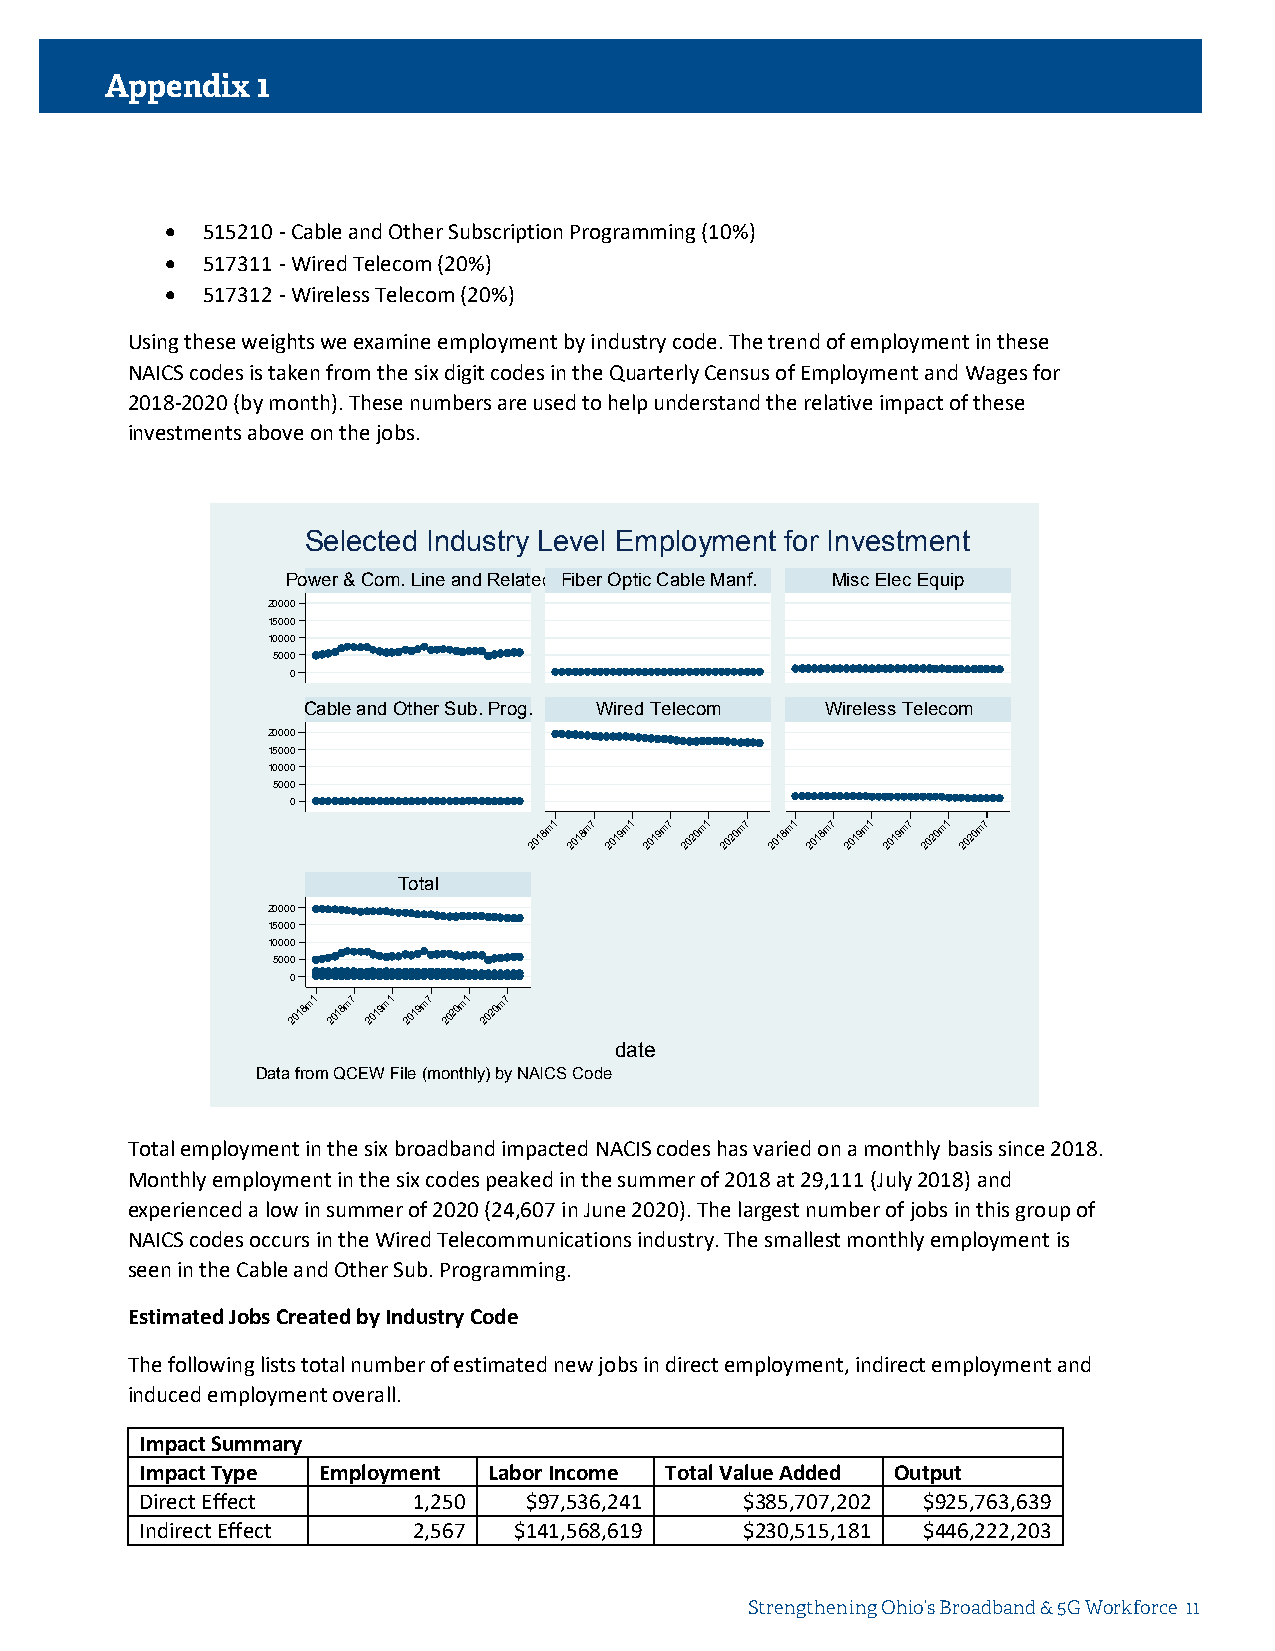
Appendix  1
  515210 - Cable and Other Subscription Programming (10%)
  517311 - Wired Telecom (20%)
  517312 - Wireless Telecom (20%)
 Using these weights we examine employment by industry code. The trend of employment in these
 NAICS codes is taken from the six digit codes in the Quarterly Census of Employment and Wages for
 2018-2020 (by month). These numbers are used to help understand the relative impact of these
 investments above on the jobs.
 Selected Industry Level Employment for Investment
 Power & Com. Line and Related Fiber Optic Cable Manf. Misc Elec Equip
 20000
 15000
 10000
 5000
 0
 Cable and Other Sub. Prog. Wired Telecom Wireless Telecom
 20000
 15000
 10000
 5000
 0
 2018m1 2018m7 2019m1 2019m7 2020m1 2020m7 2018m1 2018m7 2019m1 2019m7 2020m1 2020m7
 Total
 20000
 15000
 10000
 5000
 0
 2018m1 2018m7 2019m1 2019m7 2020m1 2020m7
 date
 Data from QCEW File (monthly) by NAICS Code
 Total employment in the six broadband impacted NACIS codes has varied on a monthly basis since 2018.
 Monthly employment in the six codes peaked in the summer of 2018 at 29,111 (July 2018) and
 experienced a low in summer of 2020 (24,607 in June 2020). The largest number of jobs in this group of
 NAICS codes occurs in the Wired Telecommunications industry. The smallest monthly employment is
 seen in the Cable and Other Sub. Programming.
 Estimated Jobs Created by Industry Code
 The following lists total number of estimated new jobs in direct employment, indirect employment and
 induced employment overall.
 Impact Summary
 Impact Type Employment Labor Income Total Value Added Output
 Direct Effect     1,250   $97,536,241   $385,707,202 $925,763,639
 Indirect Effect   2,567  $141,568,619   $230,515,181 $446,222,203
 2        Strengthening Ohio’s Broadband & 5G Workforce 11
 seeyolpme